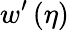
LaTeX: w^{\prime}\left(\eta\right)